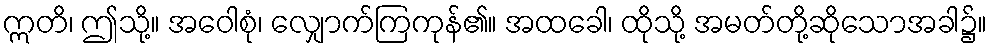
ဣတိ၊ ဤသို့။ အဝေါစုံ၊ လျှောက်ကြကုန်၏။ အထခေါ၊ ထိုသို့ အမတ်တို့ဆိုသောအခါ၌။